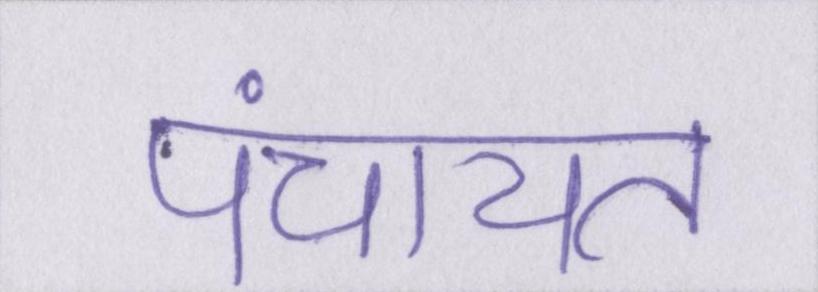
पंचायत